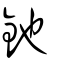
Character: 釶